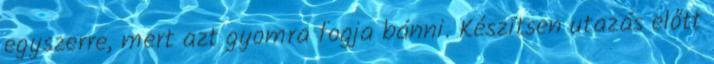
egyszerre, mert azt gyomra fogja bánni. Készítsen utazás előtt